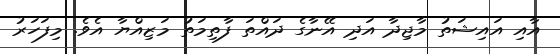
އާއި އައިޝަތު މާޖިދާ އަދި އޭނާގެ ދައްތަ ފާތިމަތު މަޒިއްޔާ އެވެ. މިފަހަރު